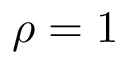
\rho = 1